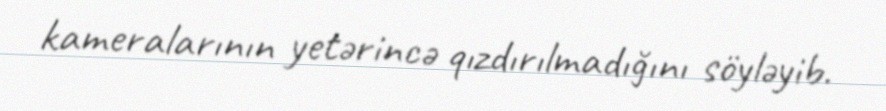
kameralarının yetərincə qızdırılmadığını söyləyib.